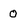
Character: 0